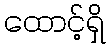
ထောင့်ရှိ